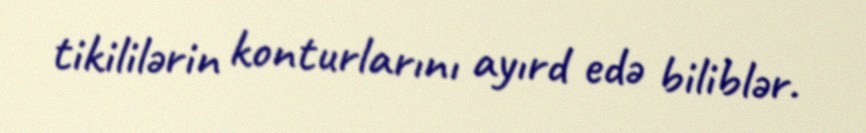
tikililərin konturlarını ayırd edə biliblər.